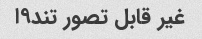
غیر قابل تصور تند۹ا